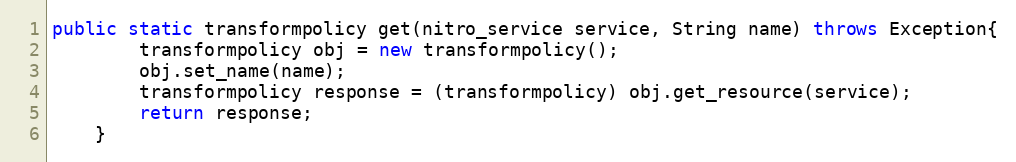
Language: Java
public static transformpolicy get(nitro_service service, String name) throws Exception{
		transformpolicy obj = new transformpolicy();
		obj.set_name(name);
		transformpolicy response = (transformpolicy) obj.get_resource(service);
		return response;
	}